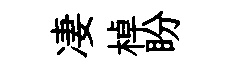
凄棹盼